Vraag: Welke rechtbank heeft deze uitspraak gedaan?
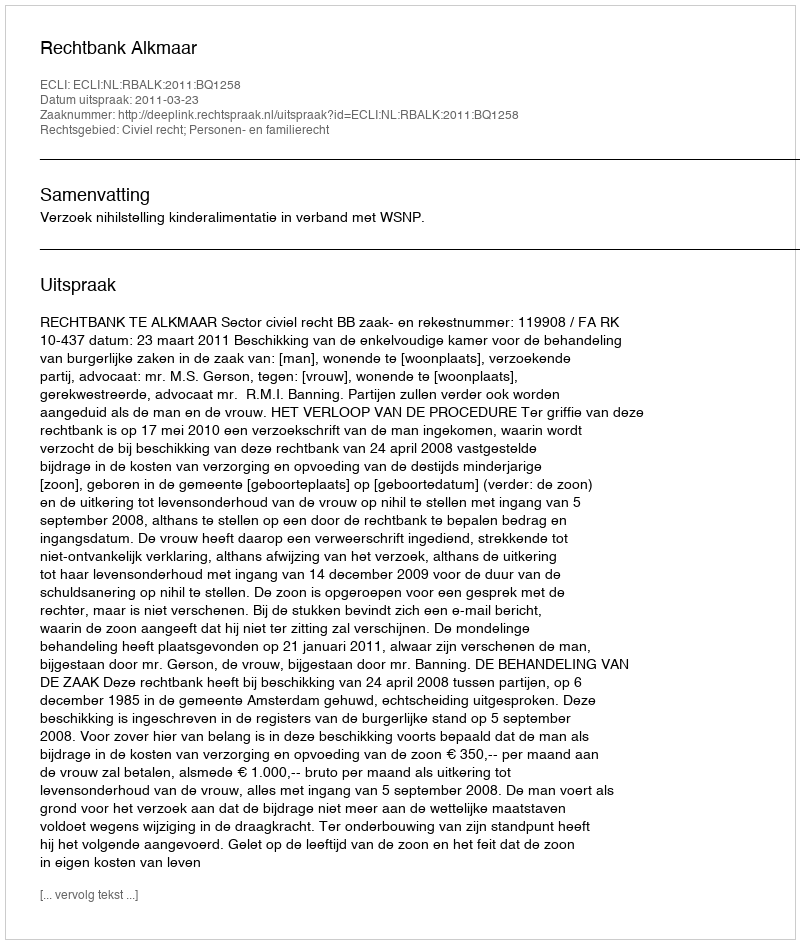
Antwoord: Rechtbank Alkmaar